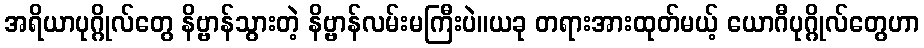
အရိယာပုဂ္ဂိုလ်တွေ နိဗ္ဗာန်သွားတဲ့ နိဗ္ဗာန်လမ်းမကြီးပဲ။ယခု တရားအားထုတ်မယ့် ယောဂီပုဂ္ဂိုလ်တွေဟာ